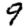
Digit: 9